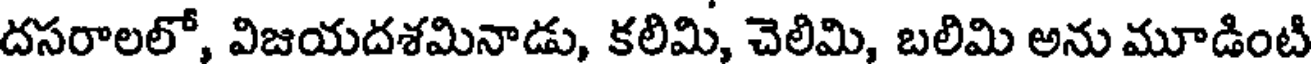
దసరాలలో, విజయదశమినాడు, కలిమి, చెలిమి, బలిమి అను మూడింటి